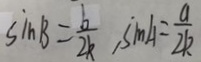
\sin B = \frac { b } { 2 k } , \sin A = \frac { a } { 2 k }